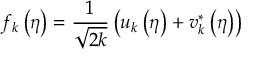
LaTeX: f _ { k } \left( \eta \right) = \frac { 1 } { \sqrt { 2 k } } \left( u _ { k } \left( \eta \right) + v _ { k } ^ { \ast } \left( \eta \right) \right)